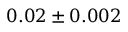
0 . 0 2 \pm 0 . 0 0 2